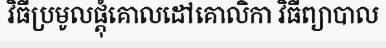
វិធីប្រមូលផ្តុំគោលដៅគោលិកា វិធីព្យាបាល